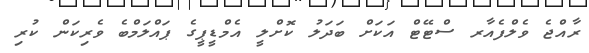
ރާއްޖެ ވެލްފެއާރ ސްޓޭޓް އަކަށް ބަދަލު ކޮށްލީ އެމްޑީޕީގެ ޕައްލަމްބެ ވެރިކަން ކުރި